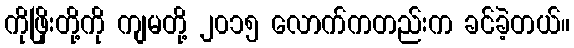
ကိုဖြိုးတို့ကို ကျမတို့ ၂၀၁၅ လောက်ကတည်းက ခင်ခဲ့တယ်။